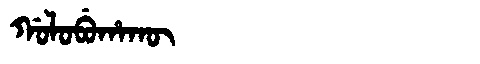
Manchu: ᡤᠣᠯᠣᠪᡠᡥᠠᡴᡡ
Romanization: GOLOBUHAKŪ